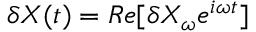
\delta X ( t ) = R e [ \delta X _ { \omega } e ^ { i \omega t } ]